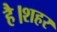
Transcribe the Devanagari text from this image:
है।शहर